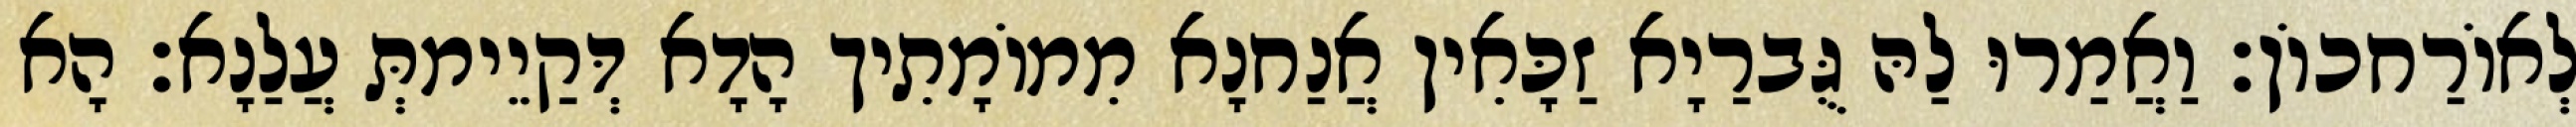
לְאוֹרַחכוֹן׃ וַאֲמַרוּ לַהּ גֻּברַיָא זַכָּאִין אֲנַחנָא מִמוֹמָתִיך הָדָא דְּקַיֵימתְּ עֲלַנָא׃ הָא